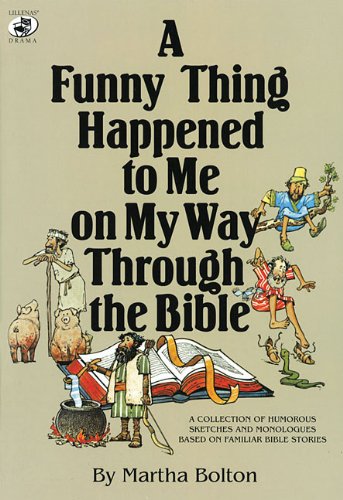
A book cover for A Funny Thing Happened to Me on My Way Through the Bible: A Collection of Humorous Sketches and Monologues Based on Familiar Bible Stories (Lillenas Drama Resources); Martha Bolton; Literature & Fiction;